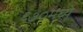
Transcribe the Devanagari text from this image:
६७०मध्ये